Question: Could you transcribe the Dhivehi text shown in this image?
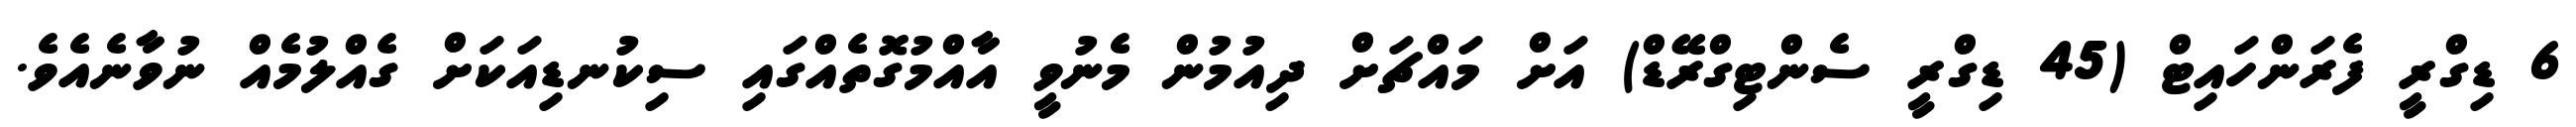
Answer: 6 ޑިގްރީ ފެރަންހައިޓް (45 ޑިގްރީ ސެންޓިގްރޭޑް) އަށް މައްޗަށް ދިއުމުން މެނުވީ އާއްމުގޮތެއްގައި ސިކުނޑިއަކަށް ގެއްލުމެއް ނުވާނެއެވެ.